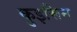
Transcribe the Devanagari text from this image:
कुइसिन